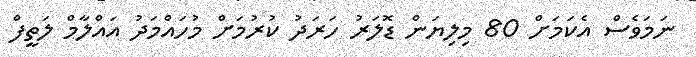
ނަމަވެސް އެކަމަށް 80 މިލިޔަން ޑޮލަރު ހަރަދު ކުރުމަށް މުހައްމަދު އައްލާމް ލަތީފް